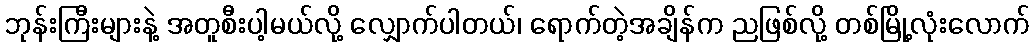
ဘုန်းကြီးများနဲ့ အတူစီးပါ့မယ်လို့ လျှောက်ပါတယ်၊ ရောက်တဲ့အချိန်က ညဖြစ်လို့ တစ်မြို့လုံးလောက်